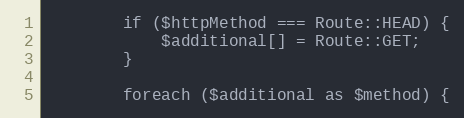
Language: PHP
        if ($httpMethod === Route::HEAD) {
            $additional[] = Route::GET;
        }

        foreach ($additional as $method) {